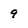
Character: 9